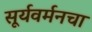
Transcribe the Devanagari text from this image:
सूर्यवर्मनचा